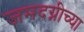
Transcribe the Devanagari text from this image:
जमदग्नीच्या